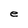
Character: e